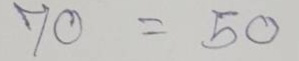
70 = 50